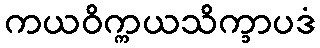
ကယဝိက္ကယသိက္ခာပဒံ